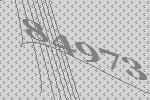
84973